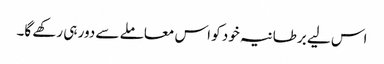
اس لیے برطانیہ خود کو اس معاملے سے دور ہی رکھے گا۔